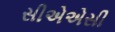
સીએએસી